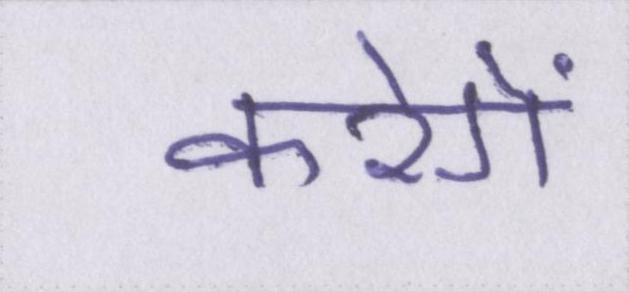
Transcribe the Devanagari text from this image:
करेगें